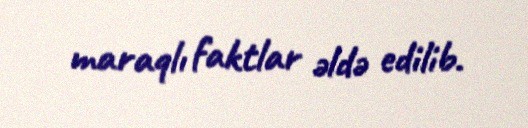
maraqlı faktlar əldə edilib.